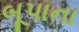
બૂપાના